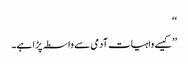
‘‘
’’کیسے واہیات آدمی سے واسطہ پڑا ہے۔